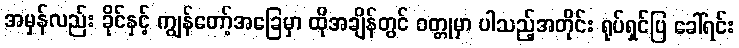
အမှန်လည်း ခိုင်နှင့် ကျွန်တော့်အခြေမှာ ထိုအချိန်တွင် ဝတ္တုမှာ ပါသည့်အတိုင်း ရုပ်ရှင်ပြ ခေါ်ရင်း